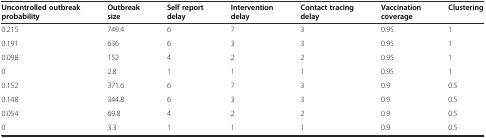
<table><thead><tr><td><b>Uncontrolled outbreak probability</b></td><td><b>Outbreak size</b></td><td><b>Self report delay</b></td><td><b>Intervention delay</b></td><td><b>Contact tracing delay</b></td><td><b>Vaccination coverage</b></td><td><b>Clustering</b></td></tr></thead><tbody><tr><td>0.215</td><td>749.4</td><td>6</td><td>7</td><td>3</td><td>0.95</td><td>1</td></tr><tr><td>0.191</td><td>636</td><td>6</td><td>3</td><td>3</td><td>0.95</td><td>1</td></tr><tr><td>0.098</td><td>152</td><td>4</td><td>2</td><td>2</td><td>0.95</td><td>1</td></tr><tr><td>0</td><td>2.8</td><td>1</td><td>1</td><td>1</td><td>0.95</td><td>1</td></tr><tr><td>0.152</td><td>371.6</td><td>6</td><td>7</td><td>3</td><td>0.9</td><td>0.5</td></tr><tr><td>0.148</td><td>344.8</td><td>6</td><td>3</td><td>3</td><td>0.9</td><td>0.5</td></tr><tr><td>0.054</td><td>69.8</td><td>4</td><td>2</td><td>2</td><td>0.9</td><td>0.5</td></tr><tr><td>0</td><td>3.3</td><td>1</td><td>1</td><td>1</td><td>0.9</td><td>0.5</td></tr></tbody></table>